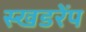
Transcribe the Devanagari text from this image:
स्खडरेंप